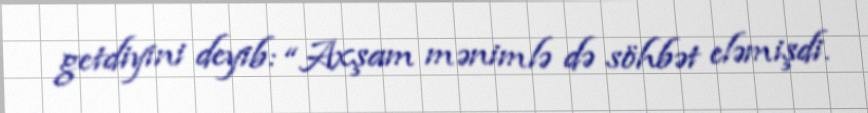
getdiyini deyib: “Axşam mənimlə də söhbət eləmişdi.